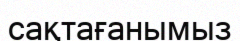
сақтағанымыз